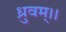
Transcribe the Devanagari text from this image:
ध्रुवम्।।